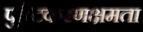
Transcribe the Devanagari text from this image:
पुष्टिकरणक्षमता